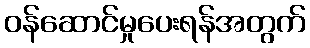
ဝန်ဆောင်မှုပေးရန်အတွက်